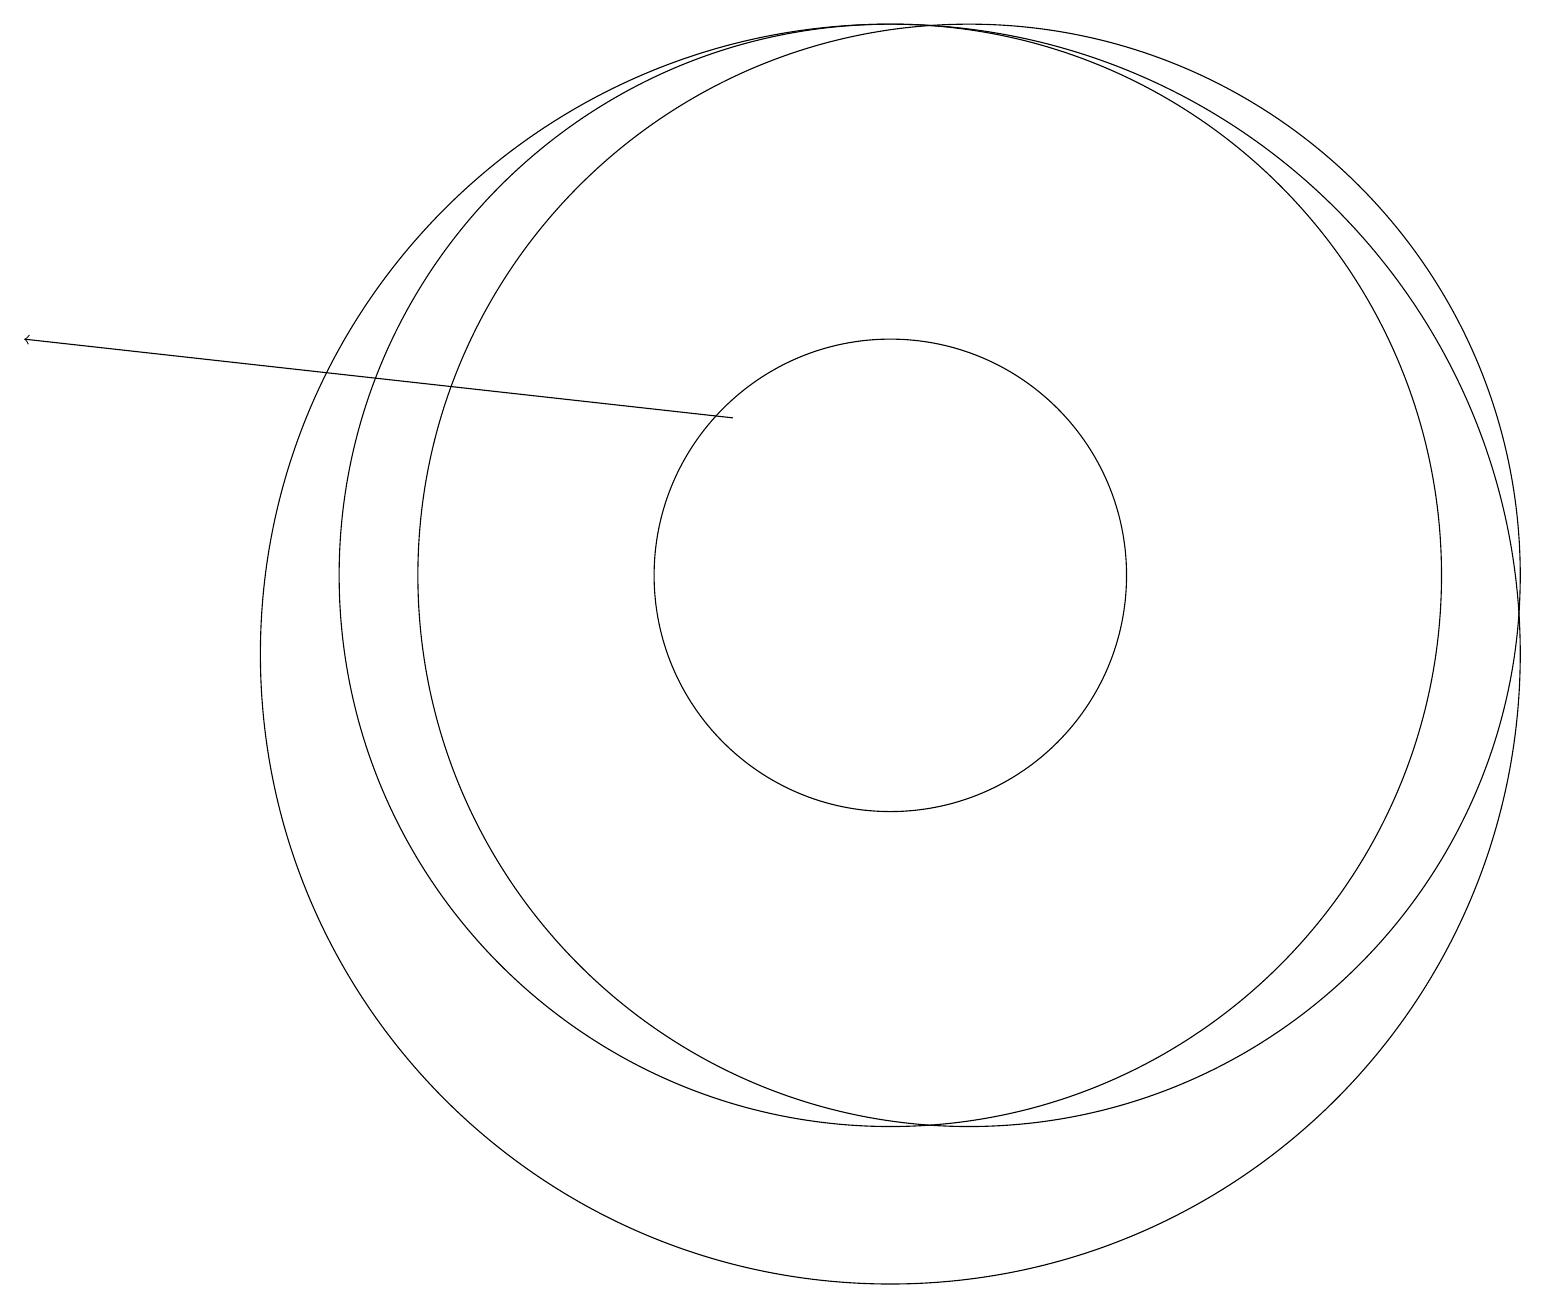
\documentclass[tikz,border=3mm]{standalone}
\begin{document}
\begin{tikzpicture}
\draw (11,12) circle (0);
\draw (11,10) circle (8);
\draw (11,11) circle (3);
\draw[->] (9,13) -- (0,14);
\draw (11,11) circle (7);
\draw (10,10) circle (0);
\draw (12,11) circle (7);
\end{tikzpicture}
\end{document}